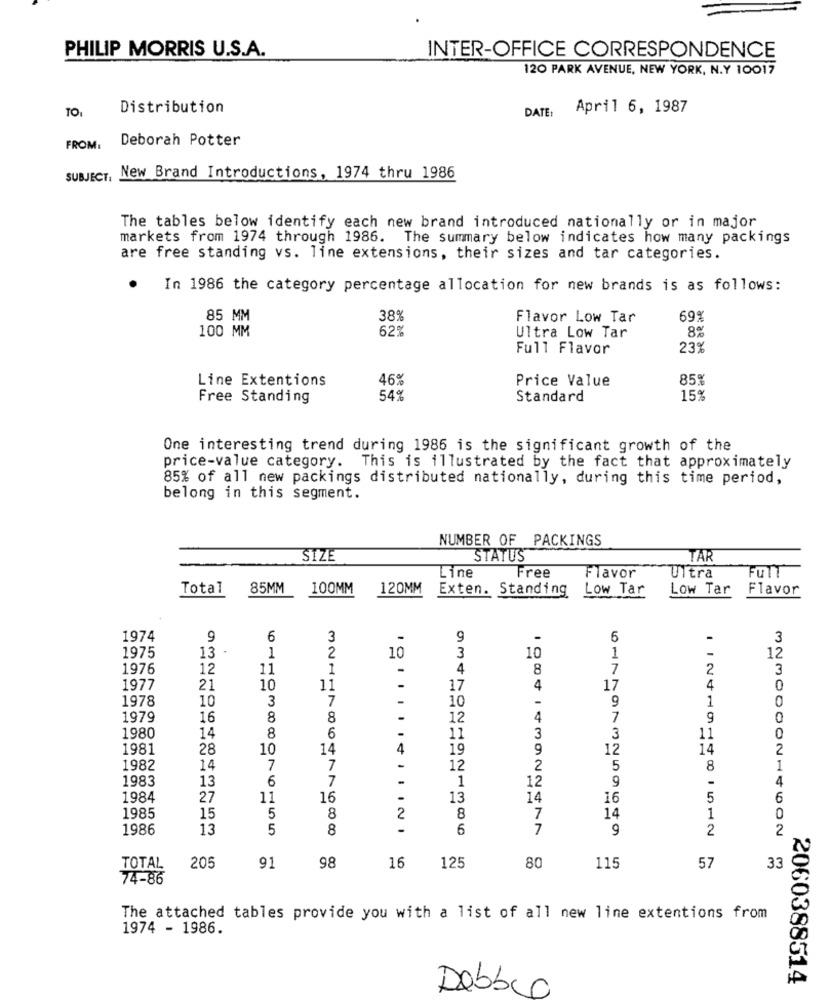
PHILIP MORRIS U.S.A.
INTER-OFFICE CORRESPONDENCE
120 PARK AVENUE, NEW YORK, N.Y 10017
TO:
Distribution
April 6, 1987
DATE :
Deborah Potter
FROM:
SUBJECT, New Brand Introductions, 1974 thru 1986
The tables below identify each new brand introduced nationally or in major
markets from 1974 through 1986. The summary below indicates how many packings
are free standing vs. line extensions, their sizes and tar categories.
In 1986 the category percentage allocation for new brands is as follows:
85 MM
38%
Flavor Low Tar
69ª
62%
100 MM
Ultra Low Tar
8%
Full Flavor
23%
Line Extentions
46%
Price Value
859
Free Standing
54%
Standard
15%
One interesting trend during 1986 is the significant growth of the
price-value category. This is illustrated by the fact that approximately
85% of all new packings distributed nationally, during this time period,
belong in this segment.
NUMBER OF PACKINGS
SIZE
STATUS
TAR
Free
Line
Flavor
Ultra
FUTT
Total
85MM
100MM
120MM
Exten. Standing
Low Tar
Low Tar
Flavor
1974
9
6
3
-
9
6
-
3
.
10
1975
13
1
2
10
3
1
-
12
1976
12
11
1
-
4
8
7
2
3
1977
21
10
11
17
4
17
4
0
1978
10
3
7
-
9
10
1
1979
16
8
8
-
12
4
7
9
0
1980
14
8
6
11
3
3
11
1981
28
10
14
4
19
9
12
14
2
1982
14
7
7
12
2
5
8
1
1983
13
6
7
12
4
1
9
1984
27
11
16
13
14
16
5
6
5
1985
15
8
2
8
7
14
1
1986
13
5
8
I4III21
6
7
9
2
2
98
16
80
TOTAL
205
91
125
115
57
33
74-86
The attached tables provide you with a list of all new line extentions from
1974 - 1986.
2060388514
Debb